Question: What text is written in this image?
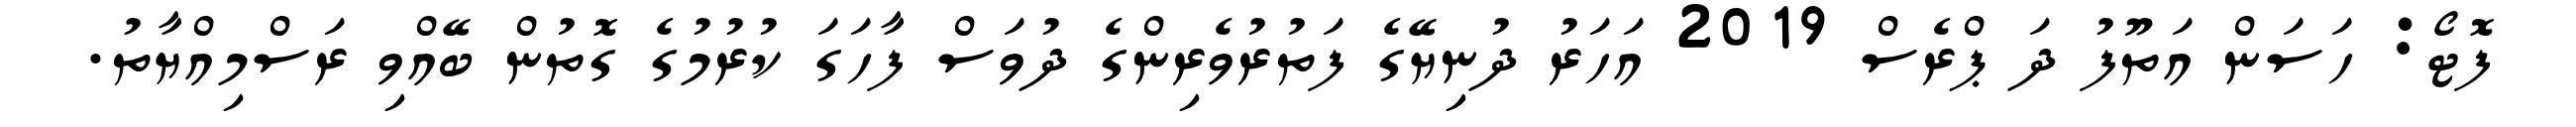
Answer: ފޮޓޯ: ހަސަން އަތޫފު ދަ ޕްރެސް 2019 އަހަރު ދުނިޔޭގެ ފަތުރުވެރިންގެ ދުވަސް ފާހަގަ ކުރުމުގެ ގޮތުން ބޭއްވި ރަސްމިއްޔާތު.